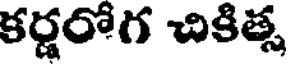
కర్ణరోగ చికిత్స